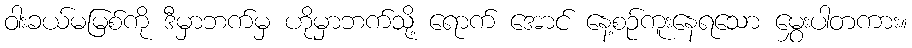
ဝါးခယ်မမြစ်ကို ဒီမှာဘက်မှ ဟိုမှာဘက်သို့ ရောက် အောင် နေ့စဉ်ကူးနေရသော မွှေးပါတကား။